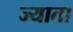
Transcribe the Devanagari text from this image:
ज्याता